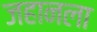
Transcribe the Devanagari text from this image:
जहानला